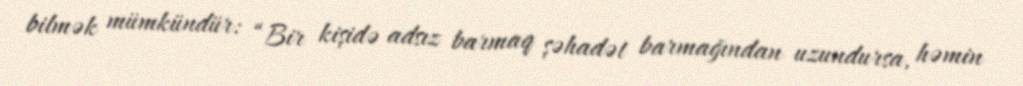
bilmək mümkündür: “Bir kişidə adsız barmaq şəhadət barmağından uzundursa, həmin